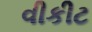
વીકીટ